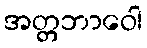
အတ္တဘာဝေါ